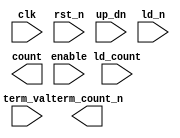
////////////////////////////////////////////////////////////////////////////////
//
//       This confidential and proprietary software may be used only
//     as authorized by a licensing agreement from Synopsys Inc.
//     In the event of publication, the following notice is applicable:
//
//                    (C) COPYRIGHT 2010 - 2016 SYNOPSYS INC.
//                           ALL RIGHTS RESERVED
//
//       The entire notice above must be reproduced on all authorized
//     copies.
//
//
// VERSION:   Verilog Simulation model for DW_lp_cntr_updn_df
//
// DesignWare_version: 9934afc6
// DesignWare_release: K-2015.06-DWBB_201506.5.2
//
////////////////////////////////////////////////////////////////////////////////

//
//
// ABSTRACT: Low Power Up/Down Counter with Dynamic Terminal Count
//
//
//      Parameters     Valid Values   Description
//      ==========     ============   ===========
//      width           2 to 1024     default: 8
//                                    Width of counter
//
//      rst_mode         0 to 1       default: 0
//                                    Defines whether reset is async or sync
//                                      0 => use asynch reset FFs
//                                      1 => use synch reset FFs
//
//      reg_trmcnt       0 to 1       default: 0
//                                    Defines whether term_count_n is registered
//                                      0 => term_count_n is combination
//                                      1 => term_count_n is registered
//
//
//      Inputs         Size       Description
//      ======         ====       ===========
//      clk            1 bit      Positive edge sensitive Clock Input
//      rst_n          1 bit      Reset Inpur (active low)
//      enable         1 bit      Counter Enable Input (active high)
//      up_dn          1 bit      Count direction (0 => down, 1 => up)
//      ld_n           1 bit      Reset (active low)
//      ld_count    width bits    Value to Load into Counter
//      term_val    width bits    Input to Specify the Terminal Count Value
//
//
//      Outputs        Size       Description
//      =======        ====       ===========
//      count       width bits    Counter Output
//      term_count_n   1 bit      Terminal Count Output Flag (active low)
//
//
// Modification history:
//
////////////////////////////////////////////////////////////////////////////////

module DW_lp_cntr_updn_df(
	clk,
	rst_n,
	enable,
	up_dn,
	ld_n,
	ld_count,
	term_val,
	count,
	term_count_n
	);

parameter width     = 8;
parameter rst_mode  = 0;
parameter reg_trmcnt= 0;


input			clk;
input			rst_n;
input			enable;
input			up_dn;
input			ld_n;
input  [width-1 : 0]	ld_count;
input  [width-1 : 0]	term_val;
output [width-1 : 0]	count;
output			term_count_n;

// synopsys translate_off

reg    [width-1 : 0]	count_int;
wire   [width-1 : 0]	count_next;

wire   [width-1 : 0]	count_plus_one;

reg			term_count_n_int;
wire			term_count_n_next;
wire   [width-1 : 0]	one;


  assign one = {{width-1{1'b0}},1'b1};

  assign count_plus_one = (up_dn === 1'b1)? (count_int + one) : 
					((up_dn ===1'b0)? (count_int - one) : {width{1'bx}});
  assign count_next = (ld_n === 1'b1)? ((enable === 1'b1)? count_plus_one :
					  ((enable === 1'b0)? count_int : {width{1'bx}})) :
			((ld_n === 1'b0)? ld_count : {width{1'bx}});

generate if (rst_mode == 0) begin : GEN_1
  always @ (posedge clk or negedge rst_n) begin : registers_async_PROC
    if (rst_n == 1'b0) begin
      count_int <= {width{1'b0}};
      term_count_n_int <= 1'b1;
    end else begin
      count_int <= count_next;
      term_count_n_int <= term_count_n_next;
    end
  end
end else begin
  always @ (posedge clk) begin : registers_sync_PROC
    if (rst_n == 1'b0) begin
      count_int <= {width{1'b0}};
      term_count_n_int <= 1'b1;
    end else begin
      count_int <= count_next;
      term_count_n_int <= term_count_n_next;
    end
  end
end
endgenerate

  assign count = count_int;

generate if (reg_trmcnt == 0) begin : GEN_2
  assign term_count_n = ((^(count_int ^ count_int) !== 1'b0) || (^(term_val ^ term_val) !== 1'b0))? 1'bX :
				((count_int == term_val)? 1'b0 : 1'b1);
  assign term_count_n_next = 1'b1;
end else begin
  assign term_count_n = term_count_n_int;
  assign term_count_n_next = ((ld_n & ~enable)==1'b1)? term_count_n_int :
				((^(count_next ^ count_next) !== 1'b0) || (^(term_val ^ term_val) !== 1'b0))? 1'bX :
				((count_next == term_val)? 1'b0 : 1'b1);
end
endgenerate

// synopsys translate_on

endmodule